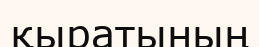
қыратының